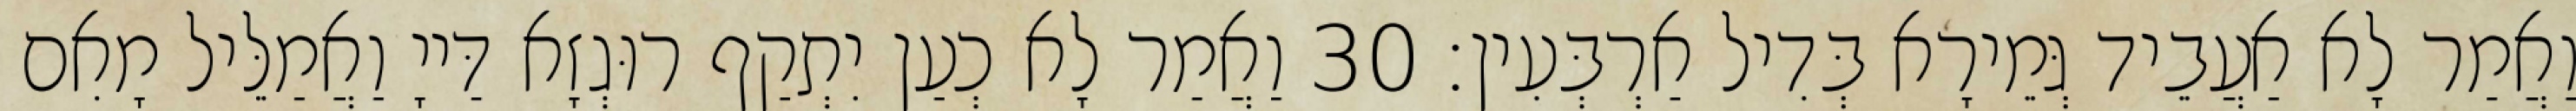
וַאֲמַר לָא אַעֲבֵיד גְּמֵירָא בְּדִיל אַרְבְּעִין׃ 30 וַאֲמַר לָא כְעַן יִתְקַף רוּגְזָא דַּייָ וַאֲמַלֵּיל מָאִם